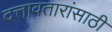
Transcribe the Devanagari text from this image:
दत्तावतारांसाठी